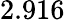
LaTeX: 2.916